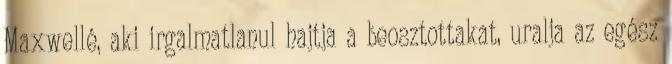
Maxwellé, aki irgalmatlanul hajtja a beosztottakat, uralja az egész